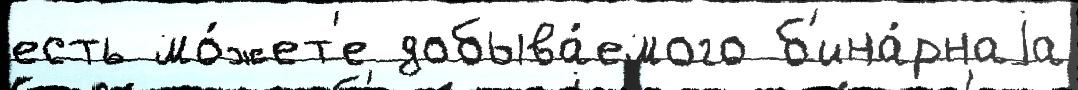
есть мо́жет'е добыва́емого б'ина́рнаjа